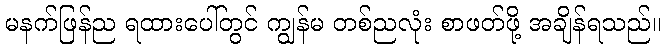
မနက်ဖြန်ည ရထားပေါ်တွင် ကျွန်မ တစ်ညလုံး စာဖတ်ဖို့ အချိန်ရသည်။